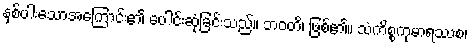
နှစ်ပါးသောအကြောင်း၏ ပေါင်းဆုံခြင်းသည်။ ဘဝတိ၊ ဖြစ်၏။ သံကိစ္စကုမာရဿစ၊